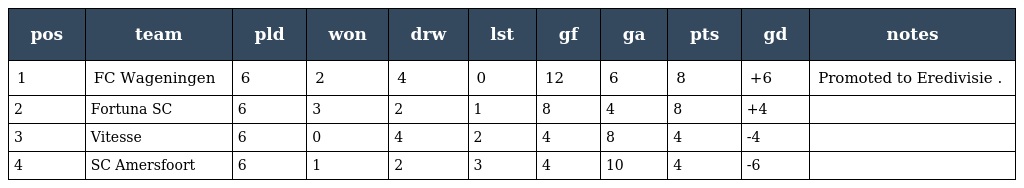
| pos | team | pld | won | drw | lst | gf | ga | pts | gd | notes |
 | --- | --- | --- | --- | --- | --- | --- | --- | --- | --- | --- |
 | 1 | FC Wageningen | 6 | 2 | 4 | 0 | 12 | 6 | 8 | +6 | Promoted to Eredivisie . |
 | 2 | Fortuna SC | 6 | 3 | 2 | 1 | 8 | 4 | 8 | +4 |  |
 | 3 | Vitesse | 6 | 0 | 4 | 2 | 4 | 8 | 4 | -4 |  |
 | 4 | SC Amersfoort | 6 | 1 | 2 | 3 | 4 | 10 | 4 | -6 |  |